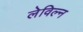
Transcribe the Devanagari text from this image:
लेविल्न